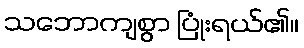
သဘောကျစွာ ပြုံးရယ်၏။